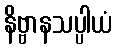
နိဗ္ဗာနသပ္ပါယံ